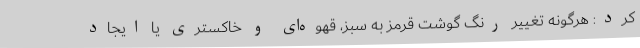
کرد: هرگونه تغییر رنگ گوشت قرمز به سبز، قهوه‌ای و خاکستری یا ایجاد